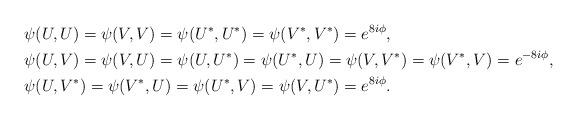
LaTeX: \begin{align*}& \psi(U,U)=\psi(V,V)=\psi(U^*,U^*)=\psi(V^*,V^*)=e^{8i\phi}, \\& \psi(U,V)=\psi(V,U)=\psi(U,U^*)=\psi(U^*,U)=\psi(V,V^*)=\psi(V^*,V)= e^{-8i\phi}, \\& \psi(U,V^*)=\psi(V^*,U)=\psi(U^*,V)=\psi(V,U^*)= e^{8i\phi}. \end{align*}